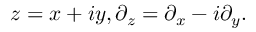
z = x + i y , \partial _ { z } = \partial _ { x } - i \partial _ { y } .